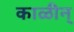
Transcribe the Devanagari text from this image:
काळीन्